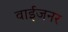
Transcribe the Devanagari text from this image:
वाईजनर